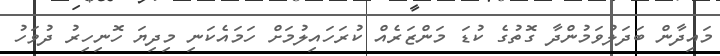
މައިދާން ބަދަލުވަމުންދާ ގޮތުގެ ކުޑަ މަންޒަރެއް ކުރަހައިލުމަށް ހަމައެކަނި މިދިޔަ ހޮނިހިރު ދުވަހު